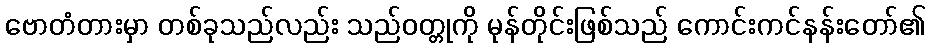
ဗောတံတားမှာ တစ်ခုသည်လည်း သည်ဝတ္တုကို မုန်တိုင်းဖြစ်သည် ကောင်းကင်နန်းတော်၏